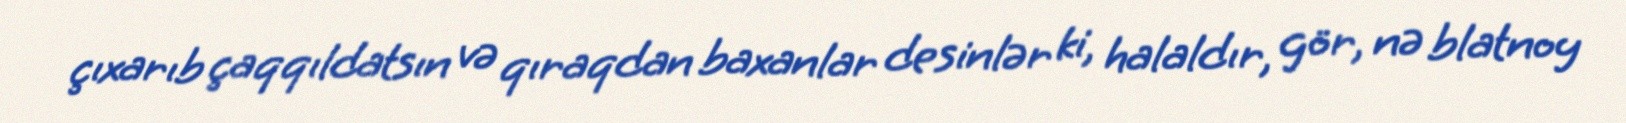
çıxarıb çaqqıldatsın və qıraqdan baxanlar desinlər ki, halaldır, gör, nə blatnoy